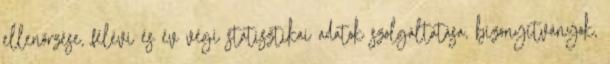
ellenőrzése, félévi és év végi statisztikai adatok szolgáltatása, bizonyítványok,